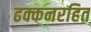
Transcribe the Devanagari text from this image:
ढक्कनरहित